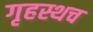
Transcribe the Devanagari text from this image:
गृहस्थच